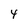
Character: 4